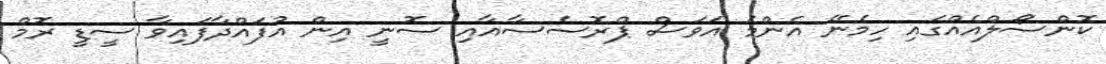
ކޮންސޯލްއެއްގައި ހިމެނޭ އެންމެ އަވަސް ޕްރޮސެސާއާއި ސޮނީ އިން އުފައްދާފައިވާ ސީޑީ ރޮމް